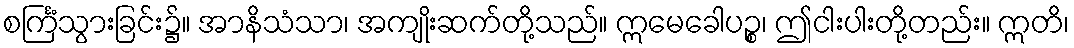
စင်္ကြံသွားခြင်း၌။ အာနိသံသာ၊ အကျိုးဆက်တို့သည်။ ဣမေခေါပဉ္စ၊ ဤငါးပါးတို့တည်း။ ဣတိ၊